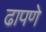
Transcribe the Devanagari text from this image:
ढापणे